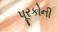
પૂરકોની